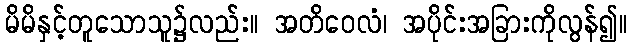
မိမိနှင့်တူသောသူ၌လည်း။ အတိဝေလံ၊ အပိုင်းအခြားကိုလွန်၍။